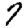
Digit: 7